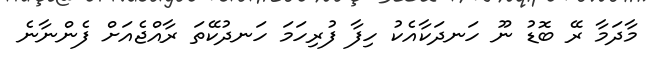
މާދަމާ ރޭ ބޮޑު ނޫ ހަނދަކާއެކު ހިފާ ފުރިހަމަ ހަނދުކޭތަ ރާއްޖެއަށް ފެންނާނެ